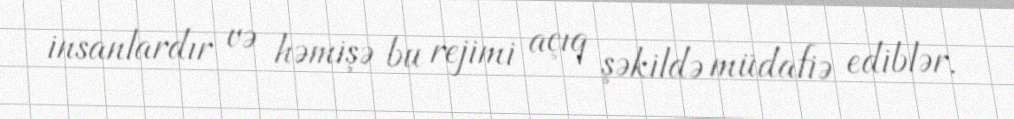
insanlardır və həmişə bu rejimi açıq şəkildə müdafiə ediblər.